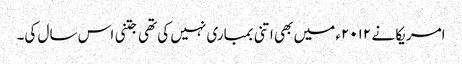
امریکا نے ۲۰۱۲ء میں بھی اتنی بمباری نہیں کی تھی جتنی اس سال کی۔